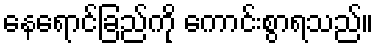
နေရောင်ခြည်ကို ကောင်းစွာရသည်။